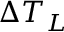
\Delta T _ { L }